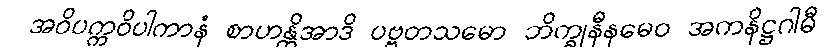
အဝိပက္ကဝိပါကာနံ စာဟန္တိအာဒိ ပဗ္ဗတသမော ဘိက္ခုနီနမေဝ အကနိဋ္ဌဂါမီ